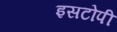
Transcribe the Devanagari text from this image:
इसटोपी